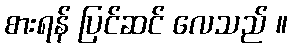
စားရန် ပြင်ဆင် လေသည် ။